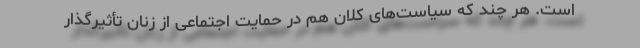
است. هر چند که سیاست‌های کلان هم در حمایت اجتماعی از زنان تأثیرگذار